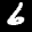
Label: 6